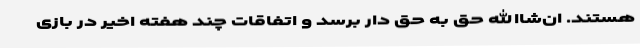
هستند. ان‌شاالله حق به حق دار برسد و اتفاقات چند هفته اخیر در بازی